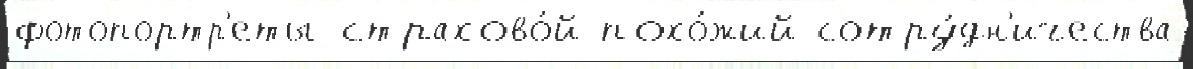
фотопортр'еты страхово́й похо́жий сотру́дн'ичества